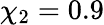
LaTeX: \chi_{2}=0.9